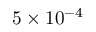
5 \times 1 0 ^ { - 4 }